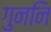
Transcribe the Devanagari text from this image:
गुननि